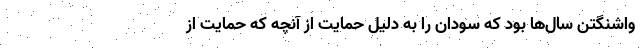
واشنگتن سال‌ها بود که سودان را به دلیل حمایت‌ از آنچه که حمایت از